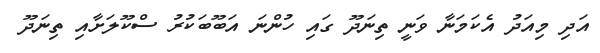
އަދި މިއަދު އެކަމަނާ ވަނީ ތިނަދޫ ގައި ހުންނަ އަބޫބަކުރު ސްކޫލަށާއި ތިނަދޫ